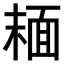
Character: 𩈘